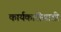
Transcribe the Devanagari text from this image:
कार्यकारींसाठी